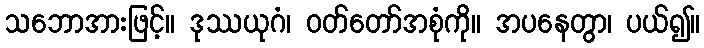
သဘောအားဖြင့်။ ဒုဿယုဂံ၊ ဝတ်တော်အစုံကို။ အပနေတွာ၊ ပယ်၍။